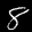
Label: 8